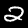
Digit: 2